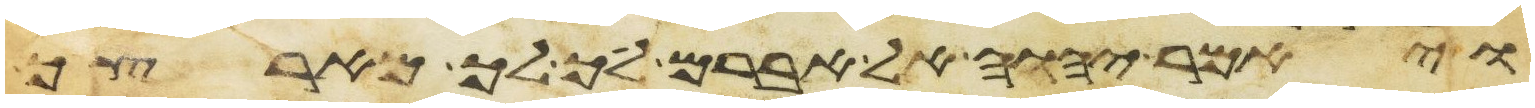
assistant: ויאמר יהוה אל אברם לך לך מארצך